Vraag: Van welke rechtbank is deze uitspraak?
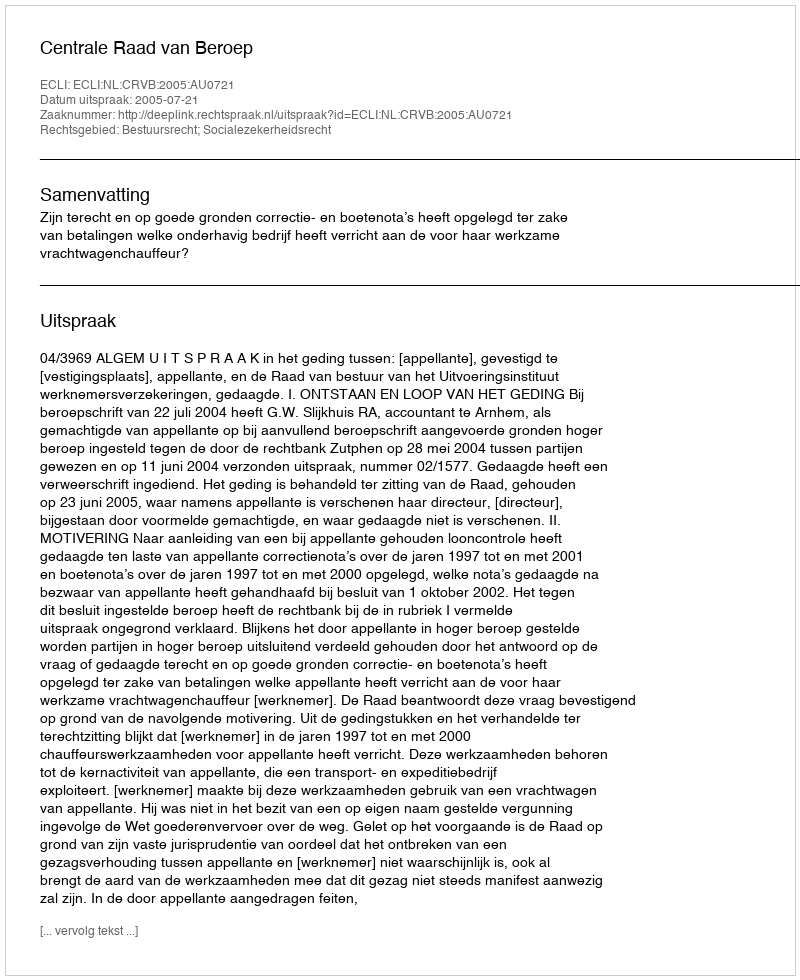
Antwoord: Centrale Raad van Beroep